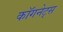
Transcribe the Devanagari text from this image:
कॉगनेट्स